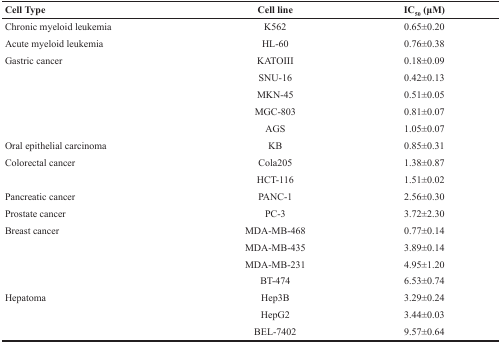
| Cell Type | Cell line | IC50 (μM) |
 | --- | --- | --- |
 | Chronic myeloid leukemia | K562 | 0.65±0.20 |
 | Acute myeloid leukemia | HL-60 | 0.76±0.38 |
 | Gastric cancer | KATOIII | 0.18±0.09 |
 |  | SNU-16 | 0.42±0.13 |
 |  | MKN-45 | 0.51±0.05 |
 |  | MGC-803 | 0.81±0.07 |
 |  | AGS | 1.05±0.07 |
 | Oral epithelial carcinoma | KB | 0.85±0.31 |
 | Colorectal cancer | Cola205 | 1.38±0.87 |
 |  | HCT-116 | 1.51±0.02 |
 | Pancreatic cancer | PANC-1 | 2.56±0.30 |
 | Prostate cancer | PC-3 | 3.72±2.30 |
 | Breast cancer | MDA-MB-468 | 0.77±0.14 |
 |  | MDA-MB-435 | 3.89±0.14 |
 |  | MDA-MB-231 | 4.95±1.20 |
 |  | BT-474 | 6.53±0.74 |
 | Hepatoma | Hep3B | 3.29±0.24 |
 |  | HepG2 | 3.44±0.03 |
 |  | BEL-7402 | 9.57±0.64 |